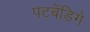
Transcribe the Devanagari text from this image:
पटबेंडिगे